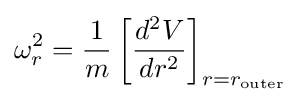
\omega _{r}^{2}={\frac {1}{m}}\left[{\frac {d^{2}V}{dr^{2}}}\right]_{r=r_{\mathrm {outer} }}